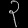
Digit: ၃